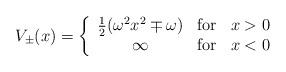
LaTeX: \begin{align*}V_{\pm}(x) = \left\{\begin{array}{cll} {1\over 2}(\omega^{2} x^{2} \mp \omega) & {\rm for} & x>0\\ \infty & {\rm for} & x<0 \end{array}\right.\end{align*}